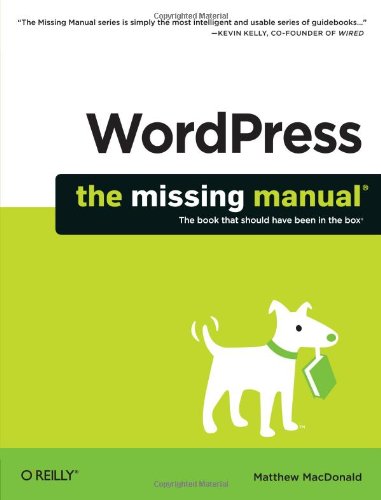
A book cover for WordPress: The Missing Manual (Missing Manuals); Matthew MacDonald; Computers & Technology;